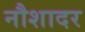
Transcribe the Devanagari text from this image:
नौशादर